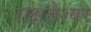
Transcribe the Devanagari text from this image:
राक्षसेश्वर